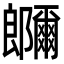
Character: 鿥